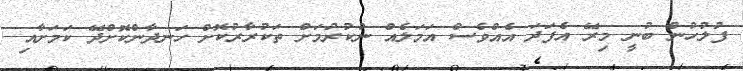
ފުލުހުން ބުނީ މިރޭ އެފަދަ އެއްވެސް އަމަލެއް ނުކުރުމަށް ތަކުރާރުކޮށް ހަނދާންކޮށްދޭ ކަމަށާއި